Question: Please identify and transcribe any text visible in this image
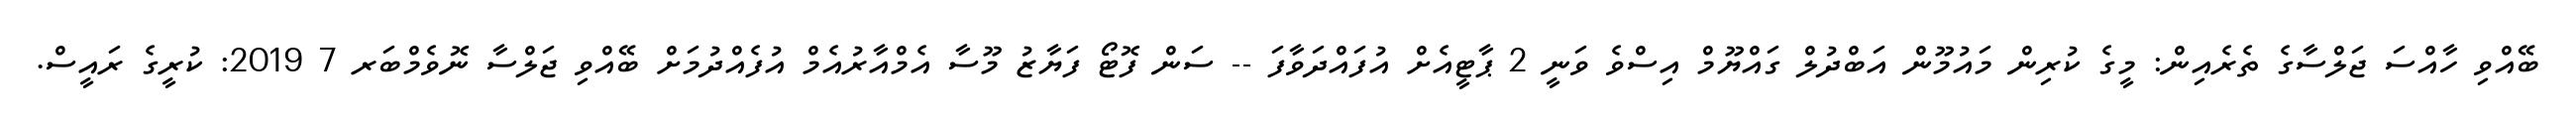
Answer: ބޭއްވި ހާއްސަ ޖަލްސާގެ ތެރެއިން: މީގެ ކުރިން މައުމޫން އަބްދުލް ގައްޔޫމް އިސްވެ ވަނީ 2 ޕާޓީއެށް އުފައްދަވާފަ -- ސަން ފޮޓޯ ފަޔާޒު މޫސާ އެމްއާރުއެމް އުފެއްދުމަށް ބޭއްވި ޖަލްސާ ނޮވެމްބަރ 7 2019: ކުރީގެ ރައީސް.